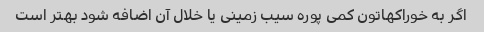
اگر به خوراکهاتون کمی پوره سیب زمینی یا خلال آن اضافه شود بهتر است